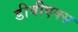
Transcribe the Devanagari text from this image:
डीवीएक्स